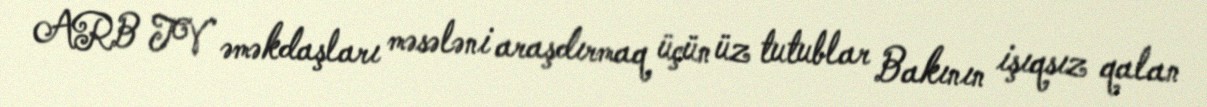
ARB TV əməkdaşları məsələni araşdırmaq üçün üz tutublar Bakının işıqsız qalan